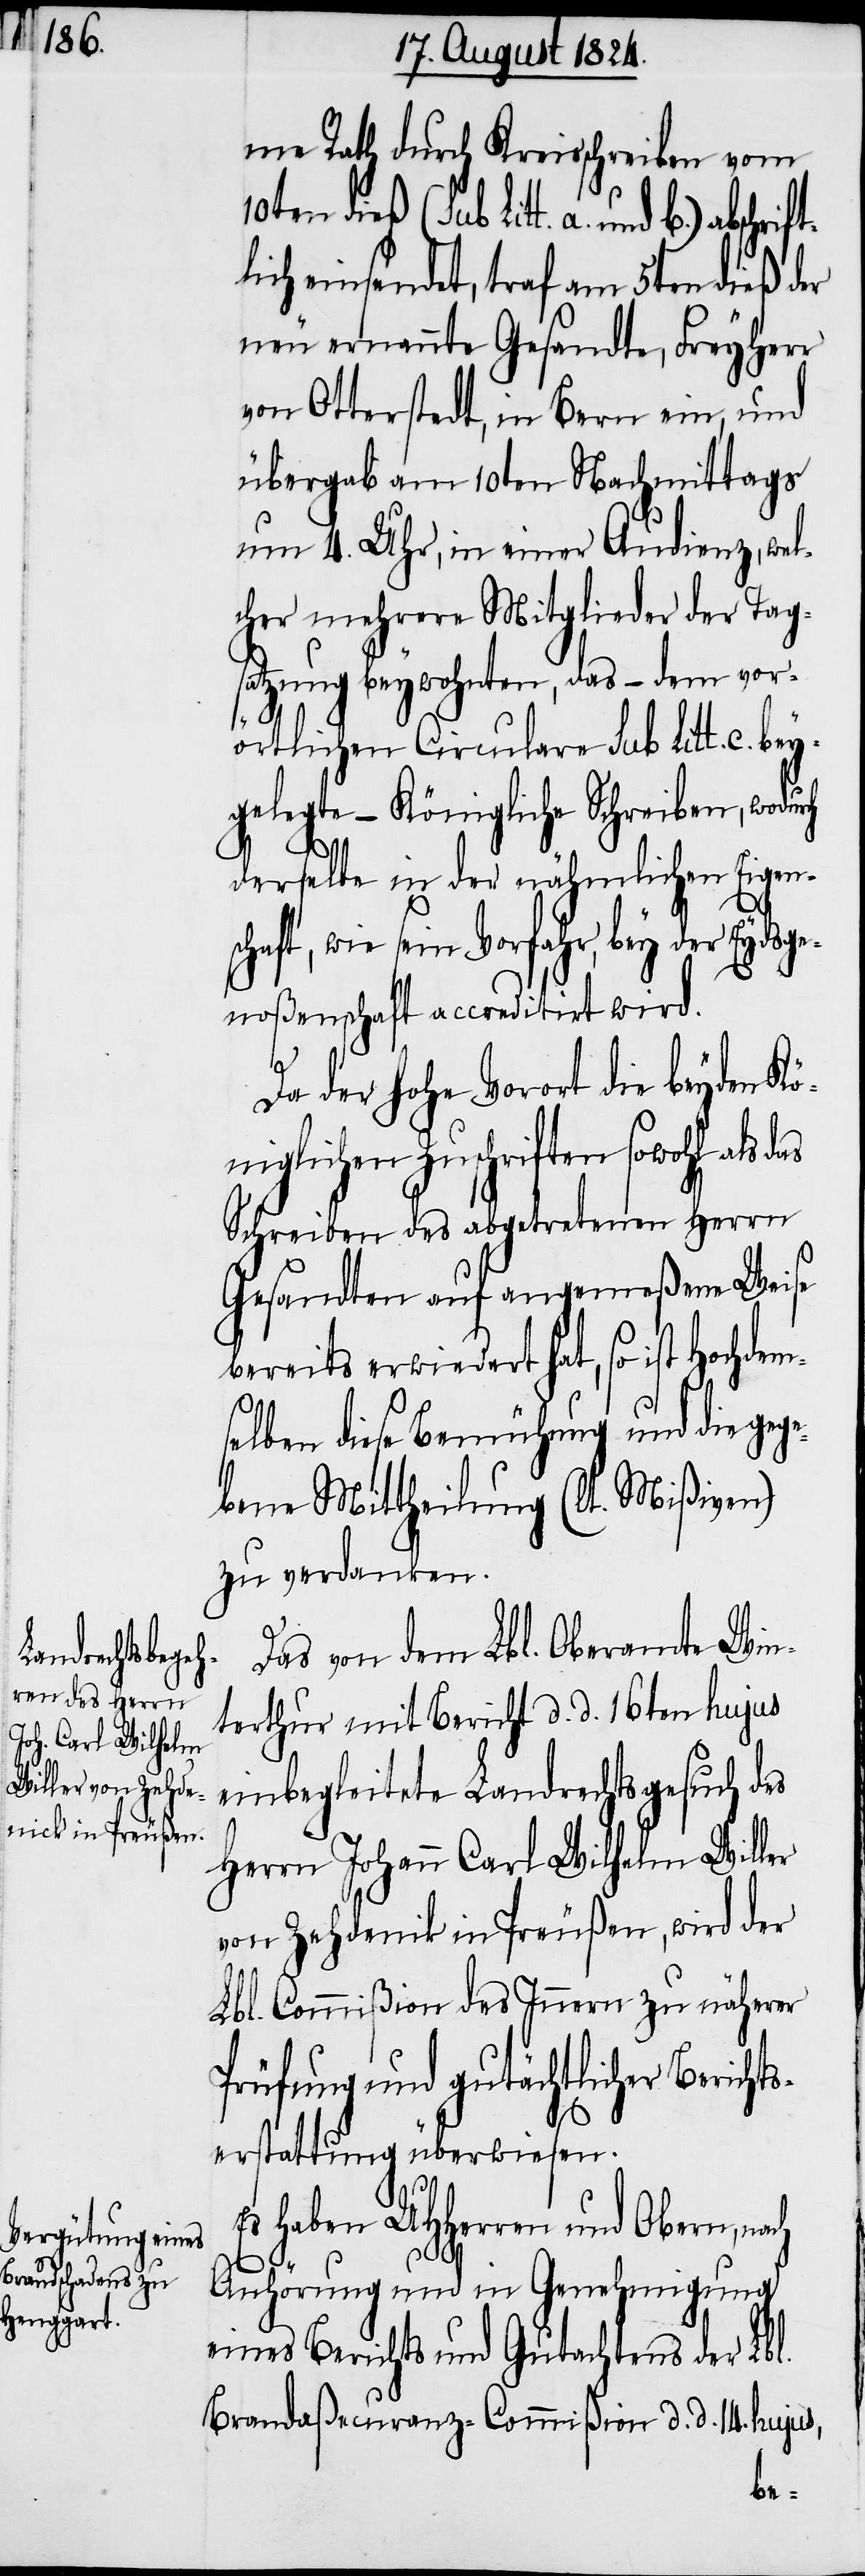
Das von dem Lbl. Oberamte Win¬
terthur mit Bericht d. d. 16ten hujus
einbegleitete Landrechtsgesuch des
Herrn Johann Carl Wilhelm Willer
von Zehdenik in Preußen, wird der
Lbl. Commißion des Innern zu näherer
Prüfung und gutächtlicher Bericht¬
serstattung überwiesen.
Es haben UHHerren und Obern,
Anhörung und in Genehmigung
eines Berichts und Gutachtens der Lbl.
Brandaßecuranz-Commißion d. d. 14. hujus,